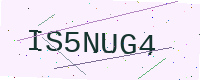
Text: IS5NUG4